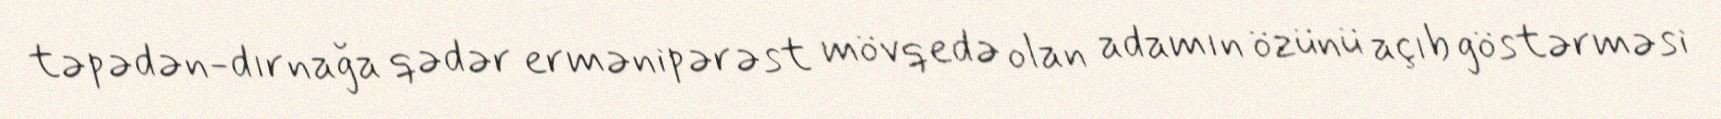
təpədən-dırnağa qədər ermənipərəst mövqedə olan adamın özünü açıb göstərməsi